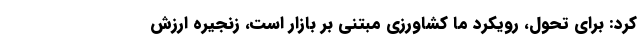
کرد: برای تحول، رویکرد ما کشاورزی مبتنی بر بازار است، زنجیره ارزش